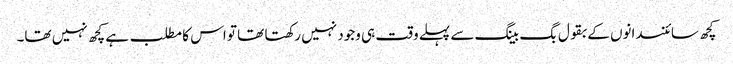
کچھ سائنسدانوں کے بقول بگ بینگ سے پہلے وقت ہی وجود نہیں رکھتا تھا تو اس کا مطلب ہے کچھ نہیں تھا۔